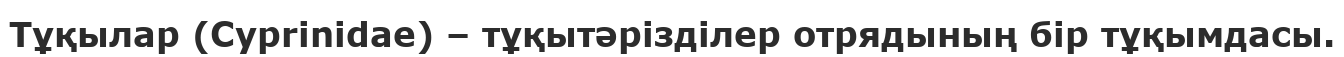
Тұқылар (Cyprіnіdae) – тұқытәрізділер отрядының бір тұқымдасы.